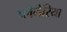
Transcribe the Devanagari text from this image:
प्लेनेरिया